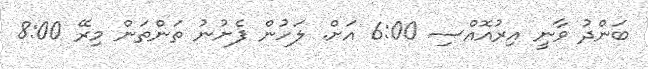
ބަންދު ވާނީ އިރުއޮއްސި 6:00 އަށް. ލަހުން ފެށުނު ތަންތަން މިރޭ 8:00